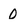
Character: 0